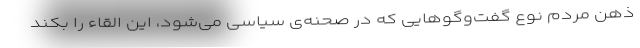
ذهن مردم نوع گفت‌وگوهایی که در صحنه‌ی سیاسی می‌شود، این القاء را بکند